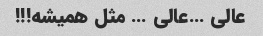
عالی …عالی … مثل همیشه!!!